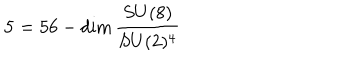
{ \bf 5 } = 5 6 - \mathrm { d i m } \, \frac { S U ( 8 ) } { S U ( 2 ) ^ { 4 } }